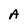
Character: A